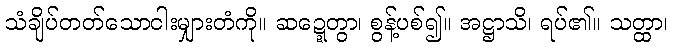
သံချိပ်တတ်သောငါးမျှားတံကို။ ဆဍ္ဍေတွာ၊ စွန့်ပစ်၍။ အဋ္ဌာသိ၊ ရပ်၏။ သတ္ထာ၊